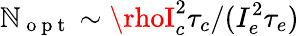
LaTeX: \mathbb{N}_{\mathrm{{~o~p~t~}}}\sim\rhoI_{c}^{2}\tau_{c}/(I_{e}^{2}\tau_{e})